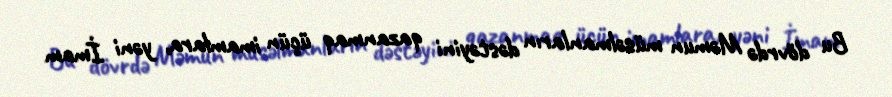
Bu dövrdə Məmun müsəlmanların dəstəyini qazanmaq üçün imamlara, yəni İmam